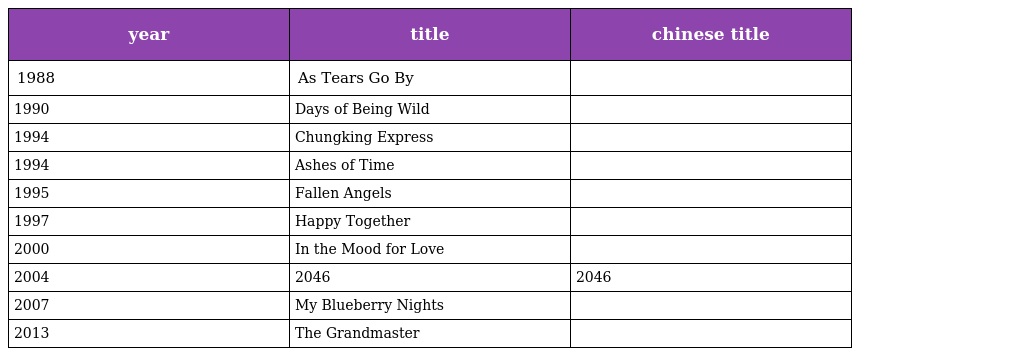
| year | title | chinese title |
 | --- | --- | --- |
 | 1988 | As Tears Go By | 旺角卡門 |
 | 1990 | Days of Being Wild | 阿飛正傳 |
 | 1994 | Chungking Express | 重慶森林 |
 | 1994 | Ashes of Time | 東邪西毒 |
 | 1995 | Fallen Angels | 墮落天使 |
 | 1997 | Happy Together | 春光乍洩 |
 | 2000 | In the Mood for Love | 花樣年華 |
 | 2004 | 2046 | 2046 |
 | 2007 | My Blueberry Nights | 藍莓之夜 |
 | 2013 | The Grandmaster | 一代宗師 |